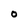
Character: 0